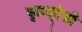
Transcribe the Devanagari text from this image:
बृहद्‌देशी